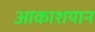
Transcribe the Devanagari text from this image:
आकाशयान